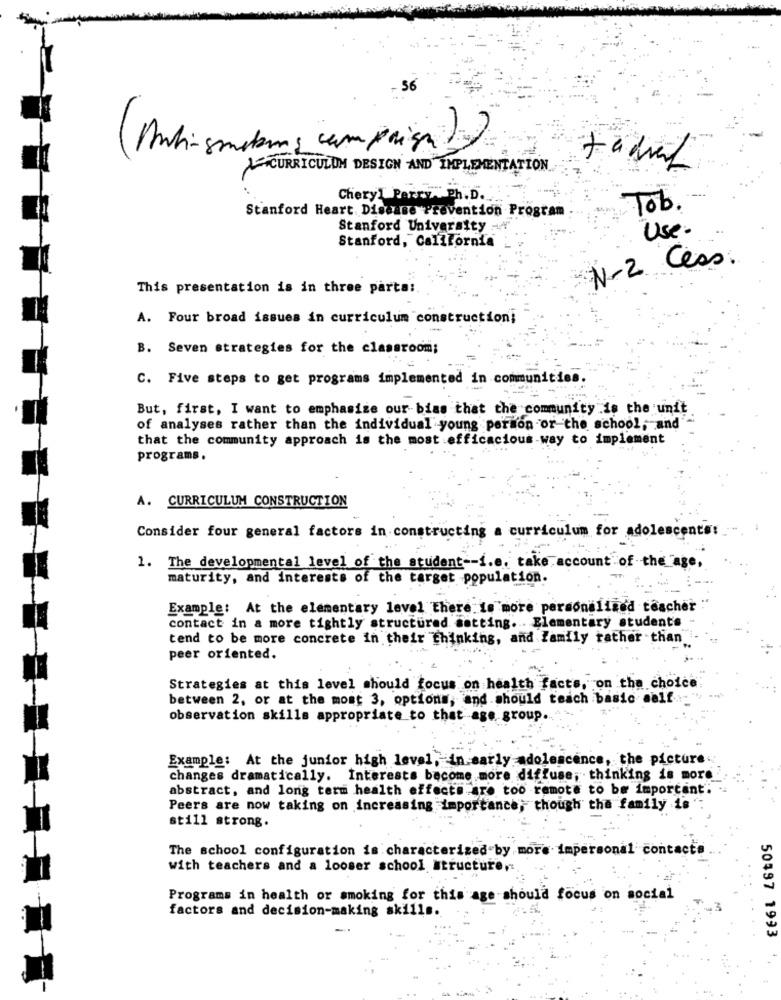
36
(Anti- smitems comprises))
CURRICULUM DESIGN AND IMPLEMENTATION
Cheryl Perry. Ph. D.
Stanford Heart Disease Prevention Program
Tob.
Stanford University
Use.
Stanford, California
N-2 Cess.
This presentation is in three parta:
A. Four broad issues in curriculum construction;
B. Seven strategies for the classroom;
C. Five steps to get programs implemented in communities.
But, first, I want to emphasize our biss that the community is the unit
of analyses rather than the individual young person or the school, and
that the community approach is the most efficacious way to implement
programs.
A. CURRICULUM CONSTRUCTION
Consider four general factors in constructing a curriculum for adolescents:
The developmental level of the student -- i.e. take account of the age,
maturity, and interests of the target -population.
Example: At the elementary level There is more personalized teacher
contact in a more tightly structured setting .. Elementary students
tend to be more concrete in their thinking, and family rather than
peer oriented.
Strategies at this level should focus on health facts, on the choice
between 2, or at the most 3, options, and should teach basic salf
observation skills appropriate to that age group.
Example: At the junior high level, in sarly adolescence, the picture.
changes dramatically. Interests become more diffuse; thinking is more
abstract, and long term health effects are too remote to be important: .
Peers are now taking on increasing importance; though tha family is
still strong.
The school configuration is characterized by more impersonal contact
with teachers and a looser school structu
Programs in health or smoking for this age should focus on social
factors and decision-making skills.
50497 1993